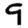
Digit: 9